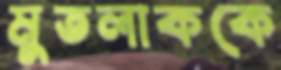
মুতলাককে